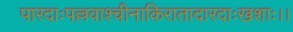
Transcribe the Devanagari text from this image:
पारदाःपल्लवाश्चीनाकिरातादारदाःखशाः।।